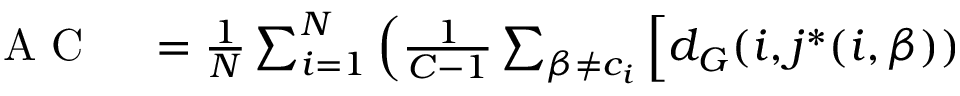
\begin{array} { r l } { \mathrm { ~ A ~ C ~ } } & { { } = \frac { 1 } { N } \sum _ { i = 1 } ^ { N } \Big ( \frac { 1 } { C - 1 } \sum _ { \beta \neq c _ { i } } \Big [ d _ { G } ( i , j ^ { \ast } ( i , \beta ) ) } \end{array}